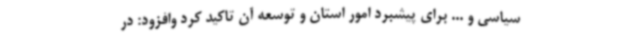
سیاسی و ... برای پیشبرد امور استان و توسعه آن تاکید کرد وافزود: در